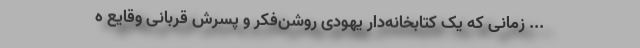
... زمانی که یک کتابخانه‌دار یهودی روشن‌فکر و پسرش قربانی وقایع ه